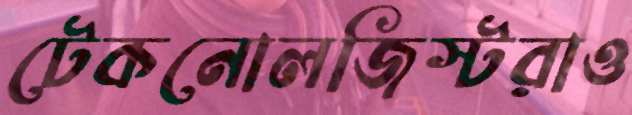
টেকনোলজিস্টরাও